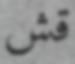
قش